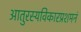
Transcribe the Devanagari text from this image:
आतुरस्यविकारप्रशमनं